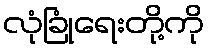
လုံခြုံရေးတို့ကို